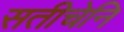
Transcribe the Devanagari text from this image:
सतीचेनि